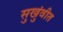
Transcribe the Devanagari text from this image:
सुखुंवीत